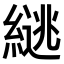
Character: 𫃹